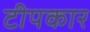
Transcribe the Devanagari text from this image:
टीपकार